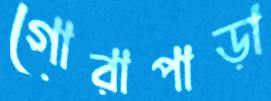
গোরাপাড়া